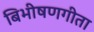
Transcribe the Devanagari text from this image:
बिभीषणगीता